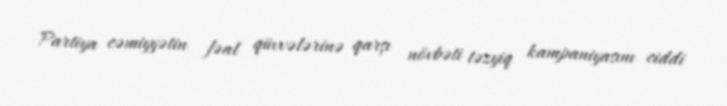
Partiya cəmiyyətin fəal qüvvələrinə qarşı növbəti təzyiq kampaniyasını ciddi